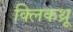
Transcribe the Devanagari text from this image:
क्लिकथ्रू